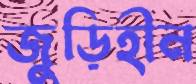
জুড়িহীন